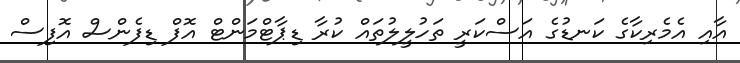
އާއި އެމެރިކާގެ ކަނޑުގެ އަސްކަރީ ތަހުލީލުތައް ކުރާ ޑިޕާޓްމަންޓް އޮފް ޑިފެންސް އޮފިސް